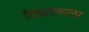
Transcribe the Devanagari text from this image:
टिकटवाला